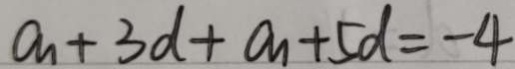
a _ { n } + 3 d + a _ { n } + 5 d = - 4